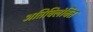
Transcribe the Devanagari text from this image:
अतिविलंबित